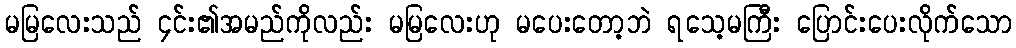
မမြလေးသည် ၄င်း၏အမည်ကိုလည်း မမြလေးဟု မပေးတော့ဘဲ ရသေ့မကြီး ပြောင်းပေးလိုက်သော